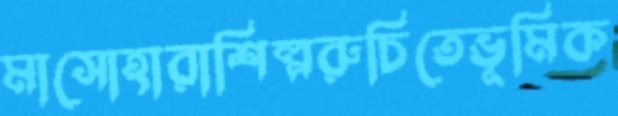
মাসোহারাশিল্পরুচিতেভূমিক